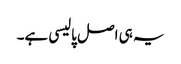
یہ ہی اصل پالیسی ہے۔